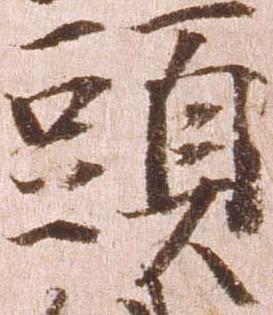
頭